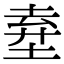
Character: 𡍊